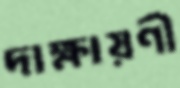
দাক্ষায়ণী